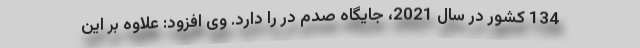
134 كشور در سال 2021، جایگاه صدم در را دارد. وی افزود: علاوه بر این